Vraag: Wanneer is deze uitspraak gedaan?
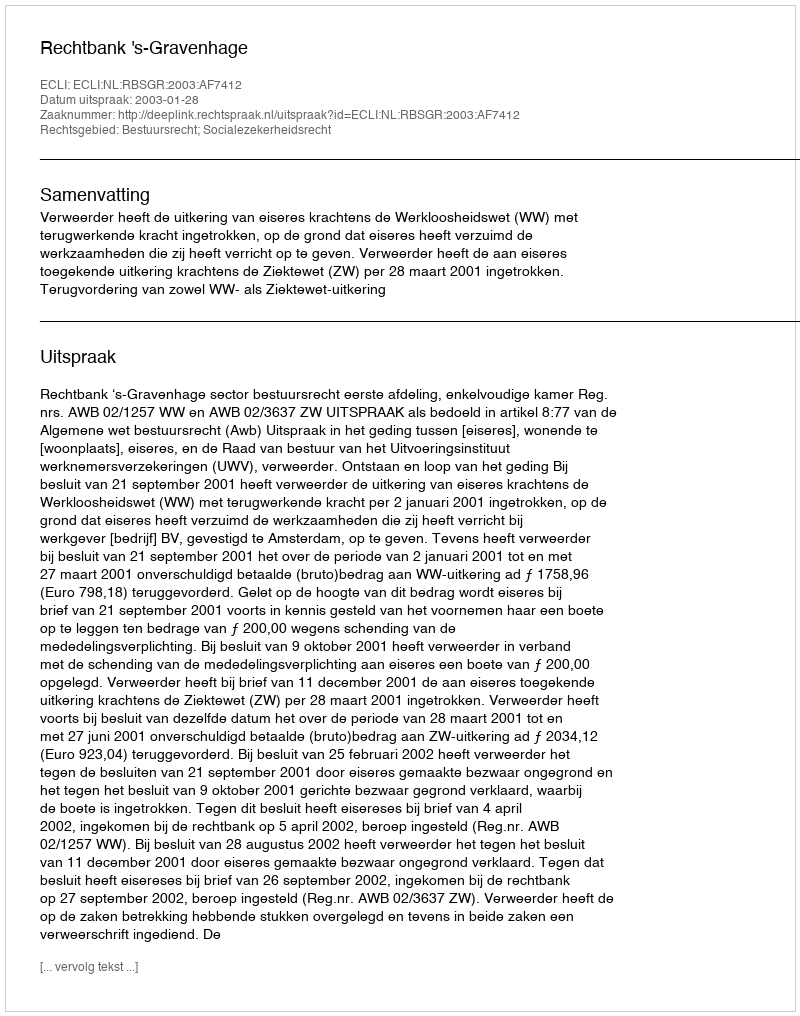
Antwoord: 2003-01-28